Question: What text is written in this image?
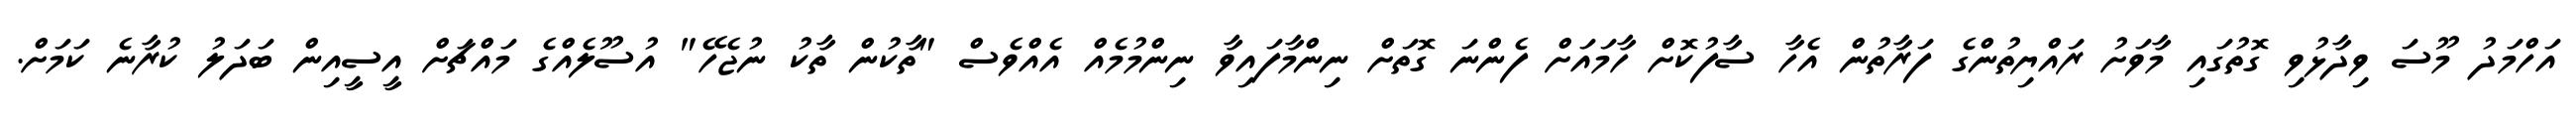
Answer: އަހްމަދު މޫސަ ވިދާޅުވި ގޮތުގައި މާވަށު ރައްޔިތުންގެ ފަރާތުން އެހާ ސާފުކޮށް ހާމައަށް ފެންނަ ގޮތަށް ނިންމާފައިވާ ނިންމުމެއް އެއްވެސް "ތާކުން ތާކު ނުޖެހޭ" އުސޫލެއްގެ މައްޗަށް އީސީއިން ބަދަލު ކުރާނެ ކަމަށް.